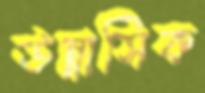
উন্নাসিক